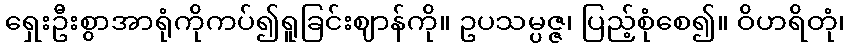
ရှေးဦးစွာအာရုံကိုကပ်၍ရူခြင်းဈာန်ကို။ ဥပသမ္ပဇ္ဇ၊ ပြည့်စုံစေ၍။ ဝိဟရိတုံ၊